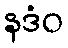
နဒံဝ